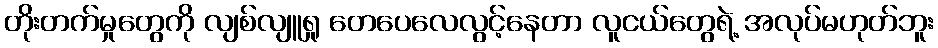
တိုးတက်မှုတွေကို လျစ်လျူရှု တေပေလေလွင့်နေတာ လူငယ်တွေရဲ့ အလုပ်မဟုတ်ဘူး